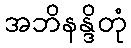
အဘိနန္ဒိတုံ